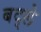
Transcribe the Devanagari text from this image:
बद्ले